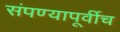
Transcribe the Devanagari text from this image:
संपण्यापूर्वीच